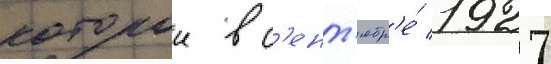
которои в с'ент'ябр'е́ 1927